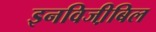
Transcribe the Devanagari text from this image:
इनविजी़बिल